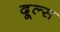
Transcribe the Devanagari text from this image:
दूल्स